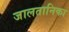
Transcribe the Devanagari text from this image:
जालतानिका